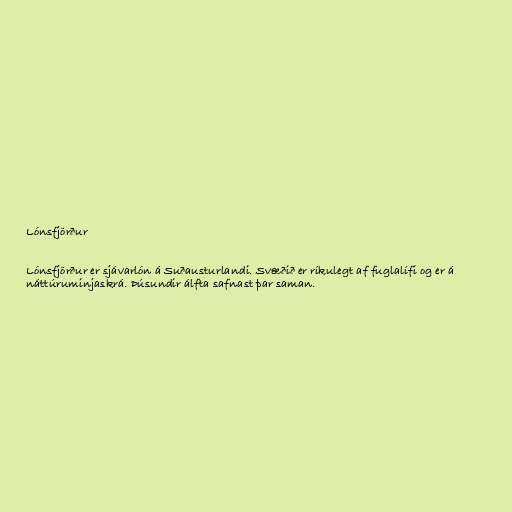
Lónsfjörður

Lónsfjörður er sjávarlón á Suðausturlandi. Svæðið er ríkulegt af fuglalífi og er á
náttúruminjaskrá. Þúsundir álfta safnast þar saman.